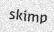
skimp